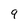
Character: 9